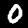
Digit: 0